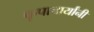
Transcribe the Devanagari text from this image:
कृपाचार्यांनी